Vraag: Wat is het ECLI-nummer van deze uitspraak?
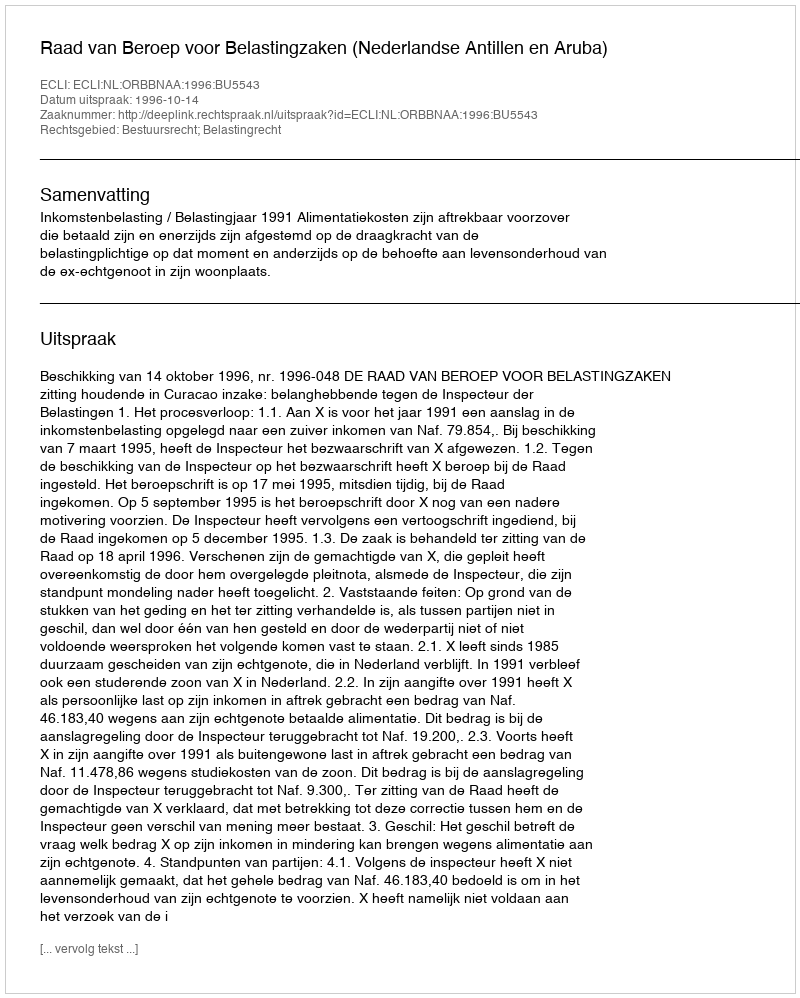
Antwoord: ECLI:NL:ORBBNAA:1996:BU5543